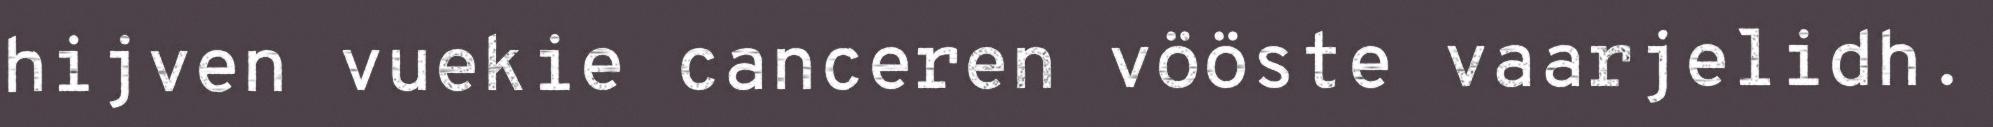
hijven vuekie canceren vööste vaarjelidh.